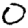
Digit: 0